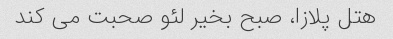
هتل پلازا، صبح بخیر لئو صحبت می کند